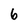
Character: 6